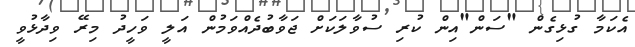
އެކަމާ ގުޅިގެން "ސަން"އިން ކުރި ސުވާލަކަށް ޖަވާބުދެއްވަމުން އަލީ ވަހީދު މިރޭ ވިދާޅުވީ